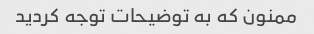
ممنون که به توضیحات توجه کردید